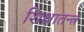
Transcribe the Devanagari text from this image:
शिक्षातन्त्र